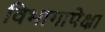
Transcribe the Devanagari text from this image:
विभागापेक्षा